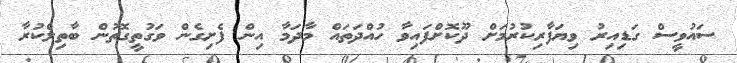
ސައުވީސް ގަޑިއިރު ވިޔަފާރިކުރުމަށް ދޫކޮށްފައިވާ ހުއްދަތައް މާދަމާ އިން ފެށިގެން ވަގުތީގޮތުން ބާތިލްކުރާ